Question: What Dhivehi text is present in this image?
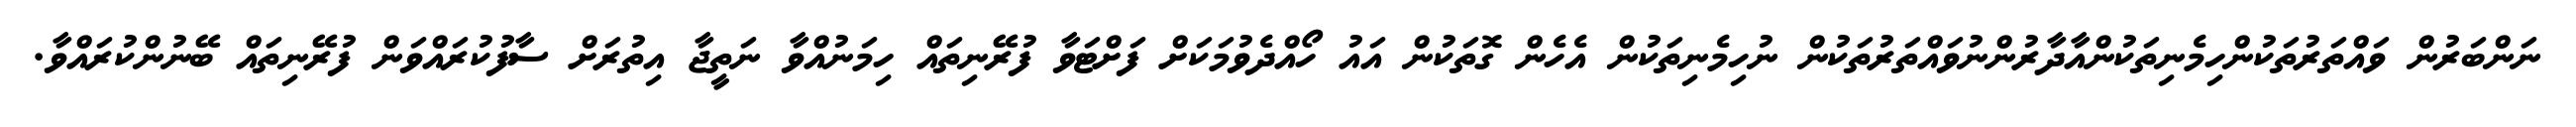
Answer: ނަންބަރުން ވައްތަރުތަކުންހިމެނިތަކުންއާދާރުންނުވައްތަރުތަކުން ނުހިމެނިތަކުން އެހެން ގޮތަކުން އައު ހޯއްދެވުމަކަށް ފަށްޓަވާ ފުރޭނިތައް ހިމަނުއްވާ ނަތީޖާ އިތުރަށް ސާފުކުރައްވަން ފުރޭނިތައް ބޭނުންކުރައްވާ.